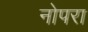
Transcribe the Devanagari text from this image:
नोपरा